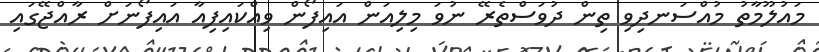
މައުލޫމާތު މުއްސަނދިވި ތިން ދުވަސްތެރޭ ނުވަ މިލިއަން އައިފޯން ވިއްކައިފިއާ އައިފޯނަށް ރާއްޖޭގައި